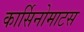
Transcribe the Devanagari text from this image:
कार्सिनोमाटस